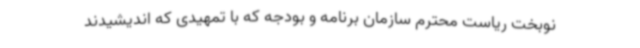
نوبخت ریاست محترم سازمان برنامه و بودجه که با تمهیدی که اندیشیدند